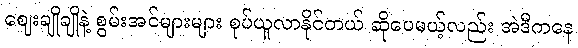
ဈေးချိုချိုနဲ့ စွမ်းအင်များများ စုပ်ယူလာနိုင်တယ် ဆိုပေမယ့်လည်း အဲဒီကနေ